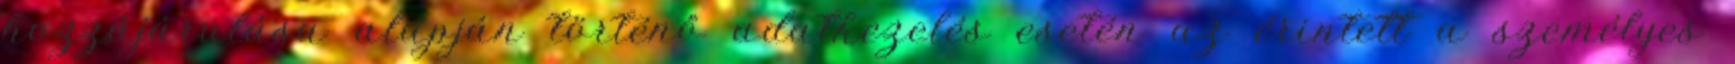
hozzájárulása alapján történő adatkezelés esetén az érintett a személyes